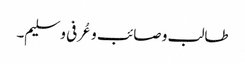
طالب و صائب و عُرفی و سلیم۔